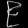
Digit: ၉